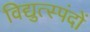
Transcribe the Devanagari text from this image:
विद्युत्स्पंदों